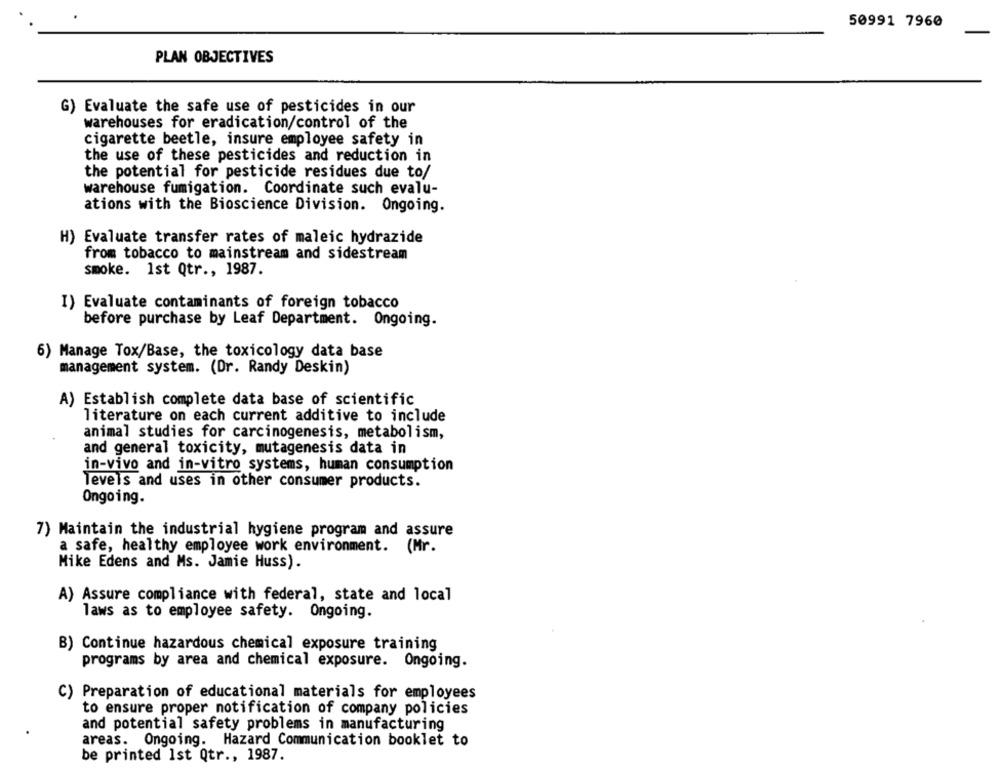
50991 7960
PLAN OBJECTIVES
G) Evaluate the safe use of pesticides in our
warehouses for eradication/control of the
cigarette beetle, insure employee safety in
the use of these pesticides and reduction in
the potential for pesticide residues due to/
warehouse fumigation. Coordinate such evalu-
ations with the Bioscience Division. Ongoing.
H) Evaluate transfer rates of maleic hydrazide
from tobacco to mainstream and sidestream
smoke. 1st Qtr ., 1987.
I) Evaluate contaminants of foreign tobacco
before purchase by Leaf Department. Ongoing.
6) Manage Tox/Base, the toxicology data base
management system. (Dr. Randy Deskin)
A) Establish complete data base of scientific
literature on each current additive to include
animal studies for carcinogenesis, metabolism,
and general toxicity, mutagenesis data in
in-vivo and in-vitro systems, human consumption
levels and uses in other consumer products.
Ongoing.
7) Maintain the industrial hygiene program and assure
a safe, healthy employee work environment. (Mr.
Mike Edens and Ms. Jamie Huss).
A) Assure compliance with federal, state and local
laws as to employee safety. Ongoing.
B) Continue hazardous chemical exposure training
programs by area and chemical exposure. Ongoing.
C) Preparation of educational materials for employees
to ensure proper notification of company policies
and potential safety problems in manufacturing
areas. Ongoing. Hazard Communication booklet to
be printed Ist Qtr ., 1987.